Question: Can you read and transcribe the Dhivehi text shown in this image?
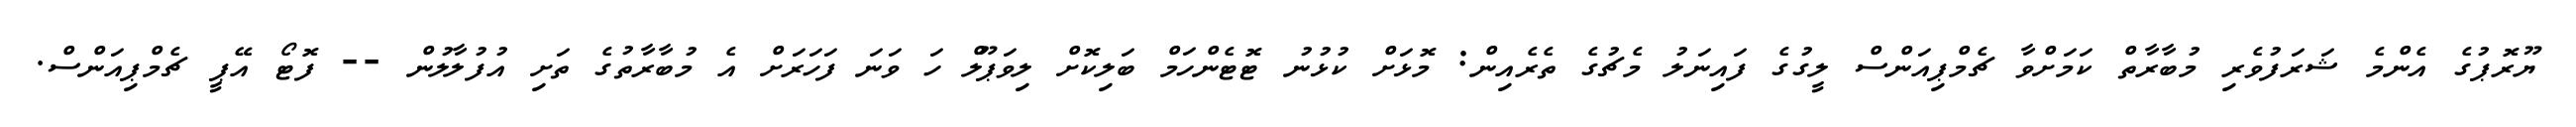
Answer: ޔޫރޮޕުގެ އެންމެ ޝަރަފުވެރި މުބާރާތް ކަމަށްވާ ޗެމްޕިއަންސް ލީގުގެ ފައިނަލު މެޗުގެ ތެރެއިން: މޮޅަށް ކުޅުނު ޓޮޓެންހަމް ބަލިކޮށް ލިވަޕޫލް ހަ ވަނަ ފަހަރަށް އެ މުބާރާތުގެ ތަށި އުފުލާލުން -- ފޮޓޯ އޭޕީ ޗެމްޕިއަންސް.